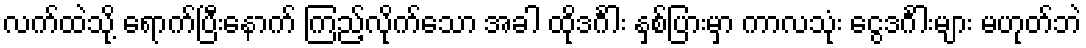
လက်ထဲသို့ ရောက်ပြီးနောက် ကြည့်လိုက်သော အခါ ထိုဒင်္ဂါး နှစ်ပြားမှာ ကာလသုံး ငွေဒင်္ဂါးများ မဟုတ်ဘဲ